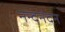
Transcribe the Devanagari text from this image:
नन्दनंदन